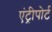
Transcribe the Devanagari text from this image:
एंट्रीपोर्ट